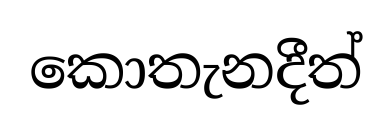
කොතැනදීත්